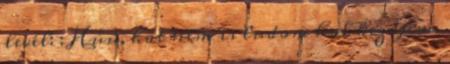
levél: : Húú, hát nem is tudom hol kezdjem.